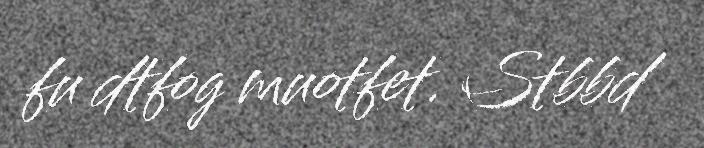
fu dtfog muotfet. Stbbd